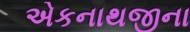
એકનાથજીના